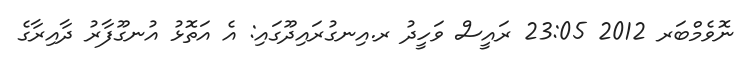
ނޮވެމްބަރ 2012 23:05 ރައީސް ވަހީދު ރ.އިނގުރައިދޫގައި: އެ އަތޮޅު އުނގޫފާރު ދާއިރާގެ